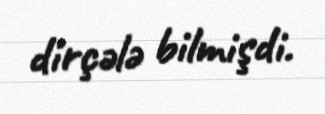
dirçələ bilmişdi.